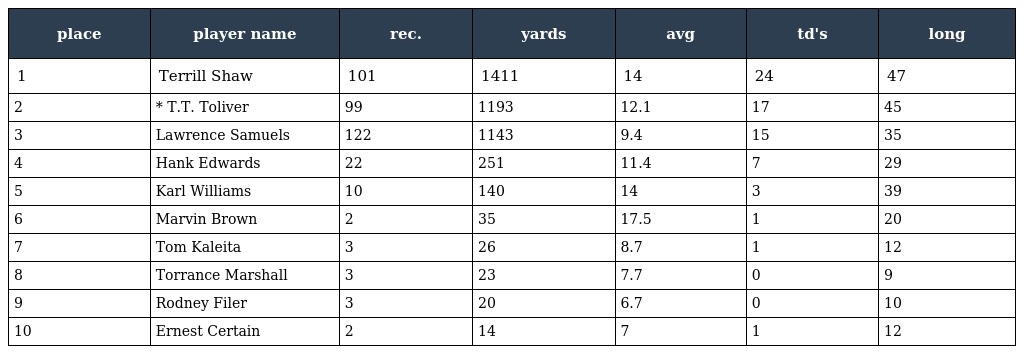
| place | player name | rec. | yards | avg | td's | long |
 | --- | --- | --- | --- | --- | --- | --- |
 | 1 | Terrill Shaw | 101 | 1411 | 14 | 24 | 47 |
 | 2 | * T.T. Toliver | 99 | 1193 | 12.1 | 17 | 45 |
 | 3 | Lawrence Samuels | 122 | 1143 | 9.4 | 15 | 35 |
 | 4 | Hank Edwards | 22 | 251 | 11.4 | 7 | 29 |
 | 5 | Karl Williams | 10 | 140 | 14 | 3 | 39 |
 | 6 | Marvin Brown | 2 | 35 | 17.5 | 1 | 20 |
 | 7 | Tom Kaleita | 3 | 26 | 8.7 | 1 | 12 |
 | 8 | Torrance Marshall | 3 | 23 | 7.7 | 0 | 9 |
 | 9 | Rodney Filer | 3 | 20 | 6.7 | 0 | 10 |
 | 10 | Ernest Certain | 2 | 14 | 7 | 1 | 12 |